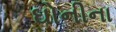
ઘોનીના